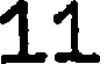
11